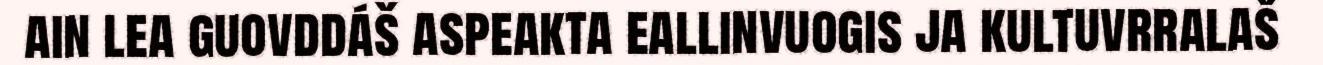
ain lea guovddáš aspeakta eallinvuogis ja kultuvrralaš